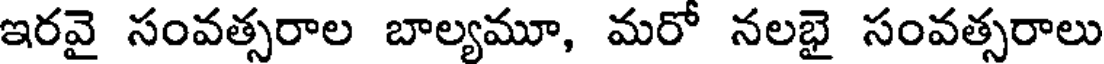
ఇరవై సంవత్సరాల బాల్యమూ, మరో నలభై సంవత్సరాలు